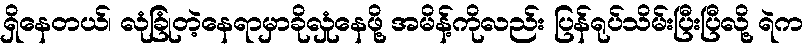
ရှိနေတယ်၊ လုံခြုံတဲ့နေရာမှာခိုလှုံနေဖို့ အမိန့်ကိုလည်း ပြန်ရုပ်သိမ်းပြီးပြီလို့ ရဲက